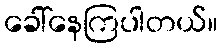
ခေါ်နေကြပါတယ်။